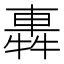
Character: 𨌽